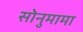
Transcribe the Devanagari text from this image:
सोनुमामा